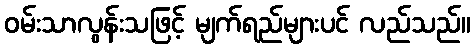
ဝမ်းသာလွန်းသဖြင့် မျက်ရည်များပင် လည်သည်။